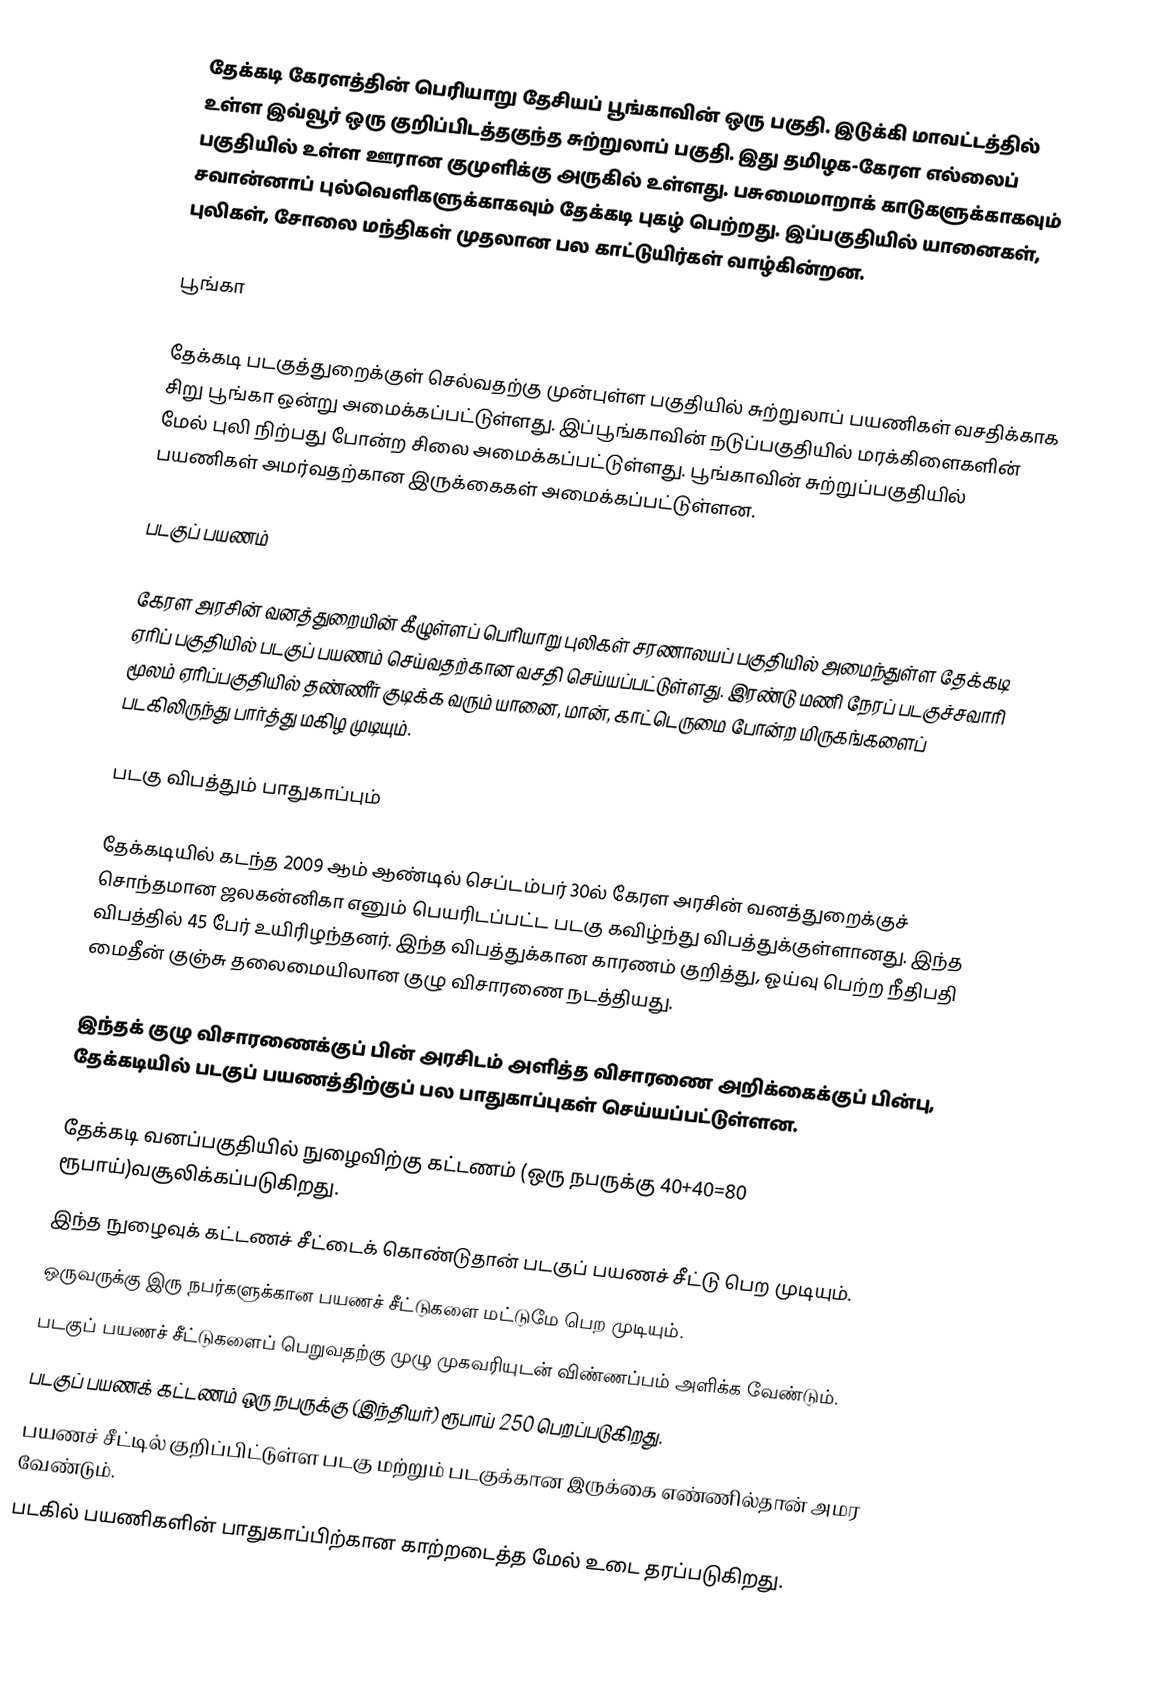
தேக்கடி கேரளத்தின் பெரியாறு தேசியப் பூங்காவின் ஒரு பகுதி.  இடுக்கி மாவட்டத்தில் உள்ள இவ்வூர் ஒரு குறிப்பிடத்தகுந்த சுற்றுலாப் பகுதி. இது தமிழக-கேரள எல்லைப் பகுதியில் உள்ள ஊரான குமுளிக்கு அருகில் உள்ளது. பசுமைமாறாக் காடுகளுக்காகவும் சவான்னாப் புல்வெளிகளுக்காகவும் தேக்கடி புகழ் பெற்றது. இப்பகுதியில் யானைகள், புலிகள், சோலை மந்திகள் முதலான பல காட்டுயிர்கள் வாழ்கின்றன.

பூங்கா

தேக்கடி படகுத்துறைக்குள் செல்வதற்கு முன்புள்ள பகுதியில் சுற்றுலாப் பயணிகள் வசதிக்காக சிறு பூங்கா ஒன்று அமைக்கப்பட்டுள்ளது. இப்பூங்காவின் நடுப்பகுதியில் மரக்கிளைகளின் மேல் புலி நிற்பது போன்ற சிலை அமைக்கப்பட்டுள்ளது. பூங்காவின் சுற்றுப்பகுதியில் பயணிகள் அமர்வதற்கான இருக்கைகள் அமைக்கப்பட்டுள்ளன.

படகுப் பயணம்

கேரள அரசின் வனத்துறையின் கீழுள்ளப் பெரியாறு புலிகள் சரணாலயப் பகுதியில் அமைந்துள்ள தேக்கடி ஏரிப் பகுதியில் படகுப் பயணம் செய்வதற்கான வசதி செய்யப்பட்டுள்ளது. இரண்டு மணி நேரப் படகுச்சவாரி மூலம் ஏரிப்பகுதியில் தண்ணீர் குடிக்க வரும் யானை, மான், காட்டெருமை போன்ற மிருகங்களைப் படகிலிருந்து பார்த்து மகிழ முடியும்.

படகு விபத்தும் பாதுகாப்பும்

தேக்கடியில் கடந்த 2009 ஆம் ஆண்டில் செப்டம்பர் 30ல் கேரள அரசின் வனத்துறைக்குச் சொந்தமான ஜலகன்னிகா எனும் பெயரிடப்பட்ட படகு கவிழ்ந்து விபத்துக்குள்ளானது. இந்த விபத்தில் 45 பேர் உயிரிழந்தனர். இந்த விபத்துக்கான காரணம் குறித்து, ஓய்வு பெற்ற நீதிபதி மைதீன் குஞ்சு தலைமையிலான குழு விசாரணை நடத்தியது.

இந்தக் குழு விசாரணைக்குப் பின் அரசிடம் அளித்த விசாரணை அறிக்கைக்குப் பின்பு, தேக்கடியில் படகுப் பயணத்திற்குப் பல பாதுகாப்புகள் செய்யப்பட்டுள்ளன.

தேக்கடி வனப்பகுதியில் நுழைவிற்கு கட்டணம் (ஒரு நபருக்கு 40+40=80 ரூபாய்)வசூலிக்கப்படுகிறது.
இந்த நுழைவுக் கட்டணச் சீட்டைக் கொண்டுதான் படகுப் பயணச் சீட்டு பெற முடியும்.
ஒருவருக்கு இரு நபர்களுக்கான பயணச் சீட்டுகளை மட்டுமே பெற முடியும்.
படகுப் பயணச் சீட்டுகளைப் பெறுவதற்கு முழு முகவரியுடன் விண்ணப்பம் அளிக்க வேண்டும்.
படகுப் பயணக் கட்டணம் ஒரு நபருக்கு (இந்தியர்) ரூபாய் 250 பெறப்படுகிறது.
பயணச் சீட்டில் குறிப்பிட்டுள்ள படகு மற்றும் படகுக்கான இருக்கை எண்ணில்தான் அமர வேண்டும்.
படகில் பயணிகளின் பாதுகாப்பிற்கான காற்றடைத்த மேல் உடை தரப்படுகிறது.